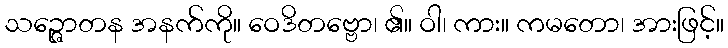
သဉ္ဇောတန အနက်ကို။ ဝေဒိတဗ္ဗော၊ ၏။ ဝါ၊ ကား။ ကမတော၊ အားဖြင့်။